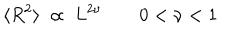
\langle R ^ { 2 } \rangle \ \propto \ L ^ { 2 \nu } \qquad 0 < \nu < 1